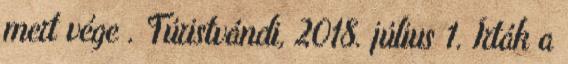
mert vége . Túristvándi, 2018. július 1. Írták a